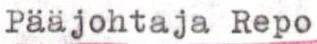
Pääjohtaja Repo